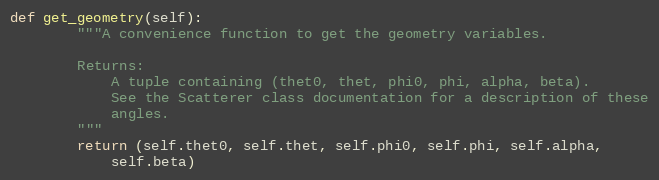
Language: Python
def get_geometry(self):
        """A convenience function to get the geometry variables.

        Returns:
            A tuple containing (thet0, thet, phi0, phi, alpha, beta).
            See the Scatterer class documentation for a description of these
            angles.
        """
        return (self.thet0, self.thet, self.phi0, self.phi, self.alpha,
            self.beta)